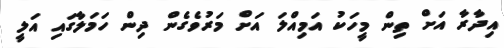
އިދާރާ އަށް ތިން މީހަކު އަމިއްލަ އަށް މަރުވެގެން ދިން ހަމަލާގައި އަލީ